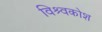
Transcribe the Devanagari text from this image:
विश्र्वकोश